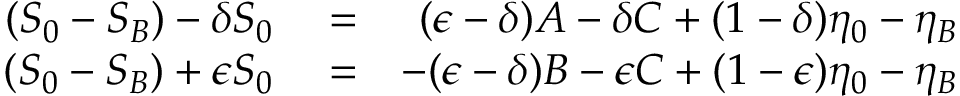
\begin{array} { r l r } { ( S _ { 0 } - S _ { B } ) - \delta S _ { 0 } } & { { } = } & { ( \epsilon - \delta ) A - \delta C + ( 1 - \delta ) \eta _ { 0 } - \eta _ { B } } \\ { ( S _ { 0 } - S _ { B } ) + \epsilon S _ { 0 } } & { { } = } & { - ( \epsilon - \delta ) B - \epsilon C + ( 1 - \epsilon ) \eta _ { 0 } - \eta _ { B } } \end{array}